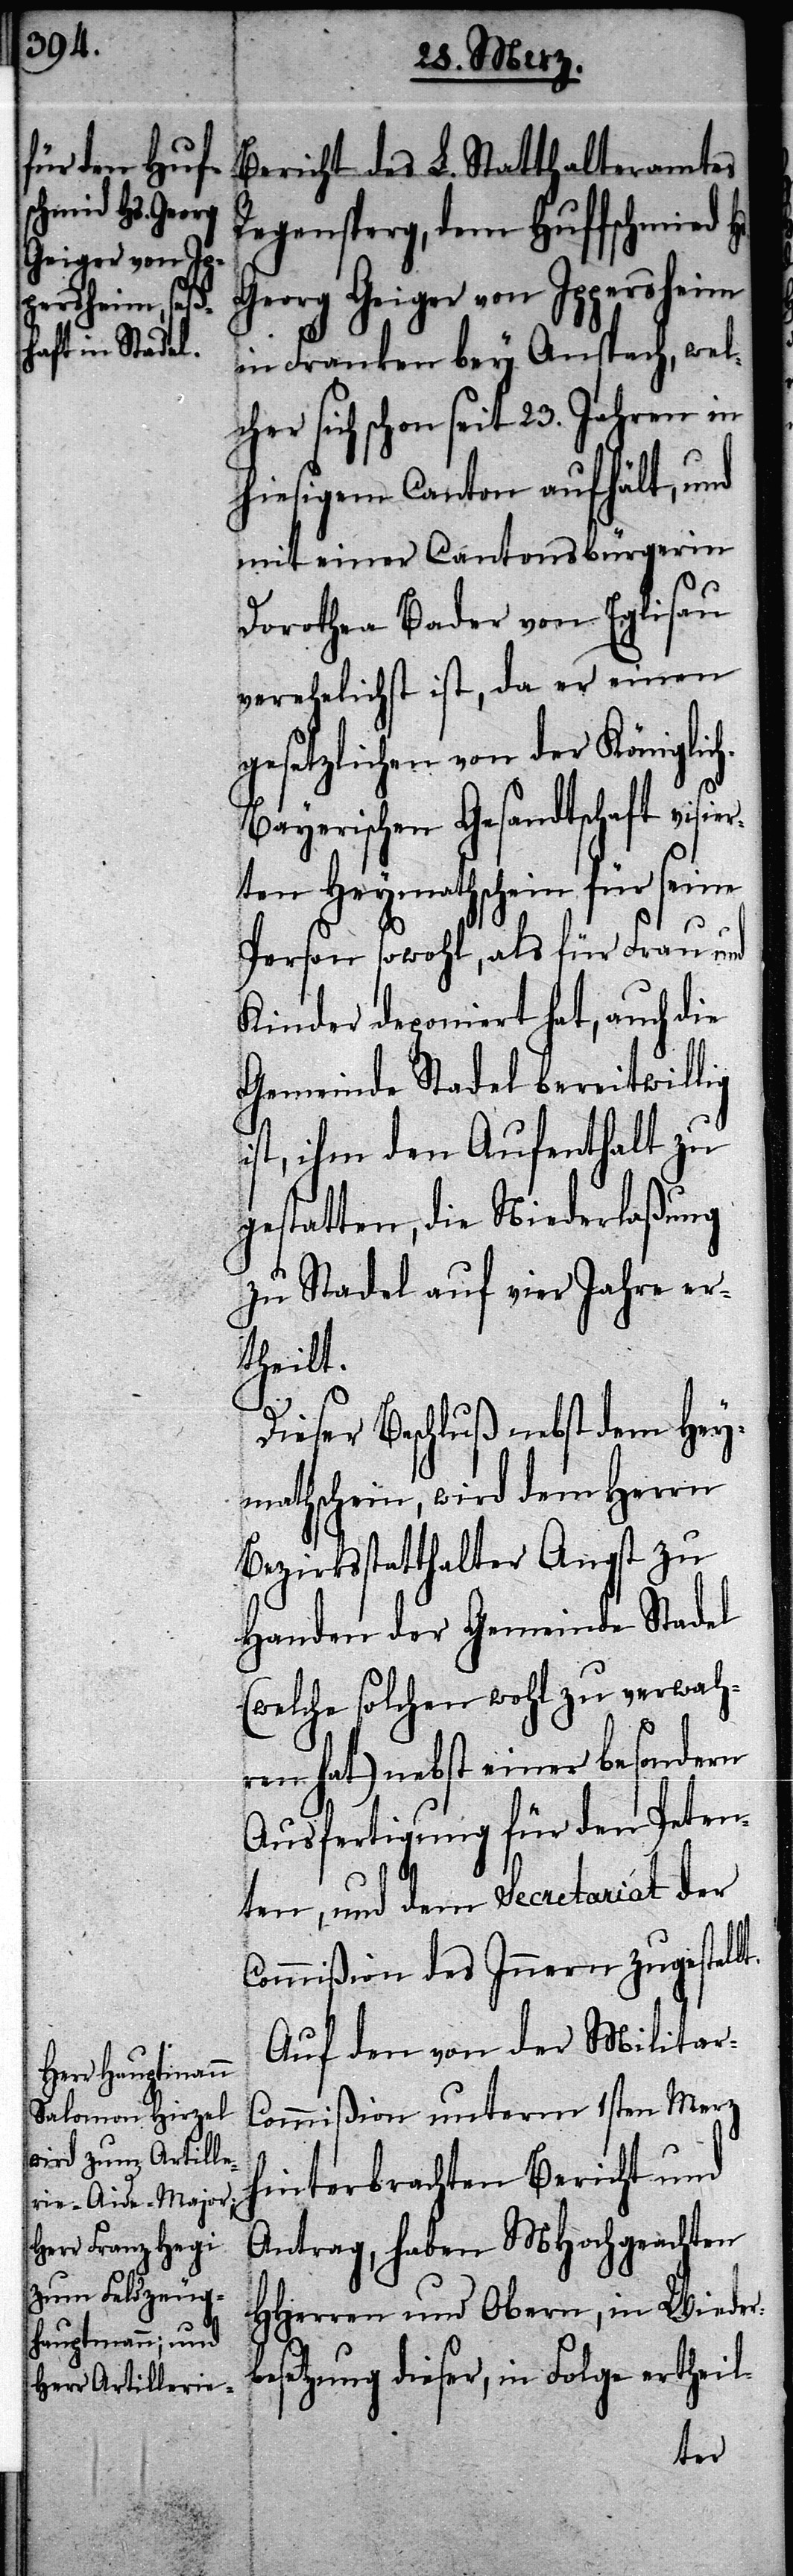
Bericht des L. Statthalteramtes
Regensperg, dem Hufschmied
Georg Geiger von Ippersheim
in Franken bey Anspach, wel¬
cher sich schon seit 23. Jahren in
hiesigem Canton aufhält, und
mit einer Cantonsbürgerin
Dorothea Bader von Eglisau
verehelicht ist, da er einen
gesetzlichen von der Königlic¬
ayerischen Gesandtschaft visi¬
ten Heymathschein für seine
Person sowohl, als für Frau und
Kinder deponiert hat, auch die
Gemeinde Stadel bereitwillig
ist, ihm den Aufenthalt zu
gestatten, die Niederlaßung
zu Stadel auf vier Jahre er¬
theilt.
Dieser Beschluß nebst dem Hey¬
mathschein, wird dem Herrn
Bezirksstatthalter Angst zu
Handen der Gemeinde Stadel
(welche solchen wohl zu verwahr¬
en hat) nebst einer besondern
Ausfertigung für den Peten¬
ten, und dem Secretariat der
Commißion des Innern zugestellt.
Auf den von der Militar-C¬
ommißion unterm 1sten Merz
hinterbrachten Bericht und
Antrag, haben MHochgeachten
HHerren und Obern, in Wieder¬
setzung dieser, in Folge ertheil-
be¬